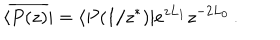
\langle \overline { { { P ( z ) } } } | = \langle P ( 1 / z ^ { \ast } ) | e ^ { z L _ { 1 } } { z } ^ { - 2 L _ { 0 } } \, .